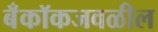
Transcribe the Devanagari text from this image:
बँकॉकजवळील